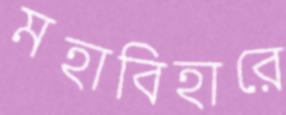
মহাবিহারে